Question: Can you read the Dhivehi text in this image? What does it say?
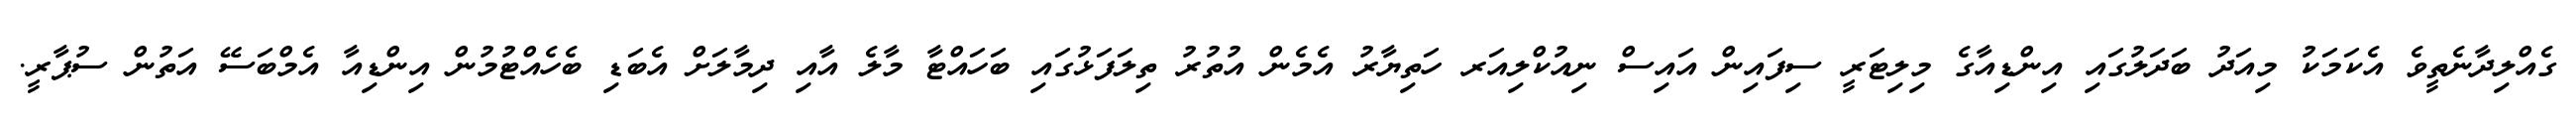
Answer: ގެއްލިދާނެތީވެ އެކަމަކު މިއަދު ބަދަލުގައި އިންޑިއާގެ މިލިޓަރީ ސިފައިން އައިސް ނިއުކްލިއަރ ހަތިޔާރު އެމެން އުތުރު ތިލަފަޅުގައި ބަހައްޓާ މާލެ އާއި ދިމާލަށް އެބަޑި ބެހެއްޓުމުން އިންޑިއާ އެމްބަސޭ އަތުން ސުޕާރީ.